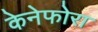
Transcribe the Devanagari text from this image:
केनेफोरा